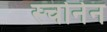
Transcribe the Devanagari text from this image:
स्चोनेन